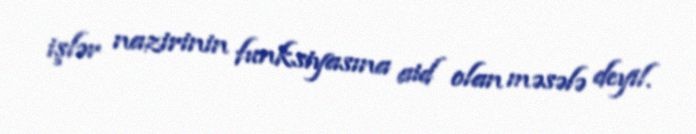
işlər nazirinin funksiyasına aid olan məsələ deyil.